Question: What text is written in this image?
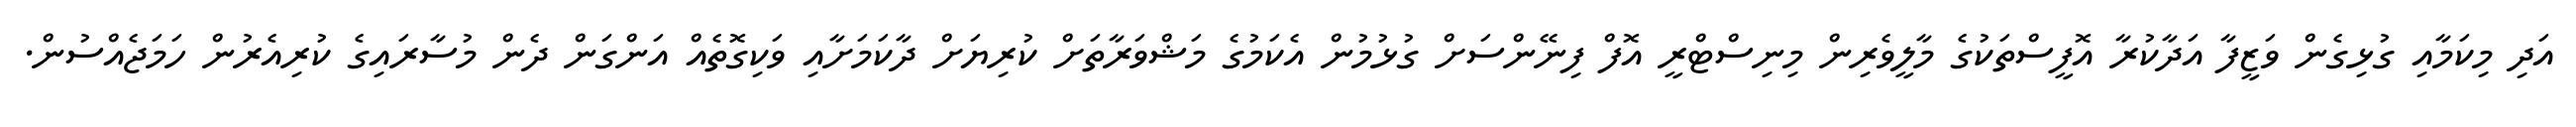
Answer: އަދި މިކަމާއި ގުޅިގެން ވަޒީފާ އަދާކުރާ އޮފީސްތަކުގެ މާލީވެރިން މިނިސްޓްރީ އޮފް ފިނޭންސަށް ގުޅުމުން އެކަމުގެ މަޝްވަރާތަށް ކުރިޔަށް ދާކަމަށާއި ވަކިގޮތެއް އަންގަން ދެން މުސާރައިގެ ކުރިއެރުން ހަމަޖެއްސުން.